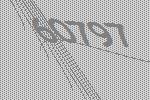
60797